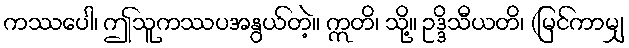
ကဿပေါ၊ ဤသူကဿပအနွယ်တဲ့။ ဣတိ၊ သို့။ ဥဒ္ဒိသီယတိ၊ (မြင်ကာမျှ